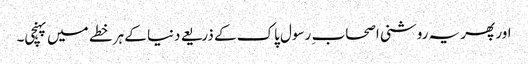
اور پھر یہ روشنی اصحاب ِ رسول پاک کے ذریعے دنیا کے ہر خطے میں پہنچی۔